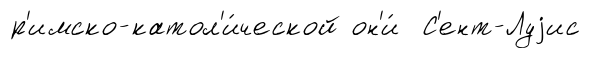
р'имско-катол'и́ческой он'и́ С'ент-Луjис